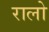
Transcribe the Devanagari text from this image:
रालो